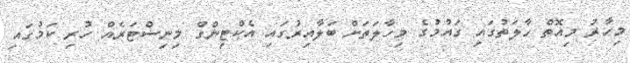
މިހާރު މިއޮތް ހާލަތުގައި ގައުމުގެ މިހާލަތަށް ބަލާއިރުގައި އެކްޓިންގް މިނިސްޓަރެއް ހުރި ކަމުގައި